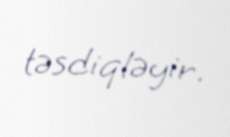
təsdiqləyir.